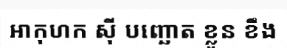
អាកុហក ស៊ី បញ្ឆោត ខ្លួន ខឹង